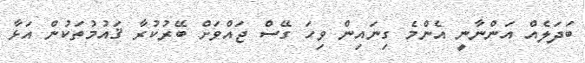
ބަދަލެއް އަންނާނީ އެންމެ ގިނައިން ވިހަ ގޭސް ޖައްވަށް ބޭރުކުރާ ޤައުމުތަކުން އަޅާ